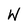
Character: W